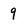
Character: 9